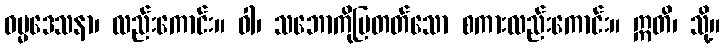
ဓမ္မဒေသနာ၊ လည်းကောင်း။ ဝါ၊ သဘောကိုပြတတ်သော စကားလည်းကောင်း။ ဣတိ၊ သို့။